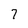
Character: 7